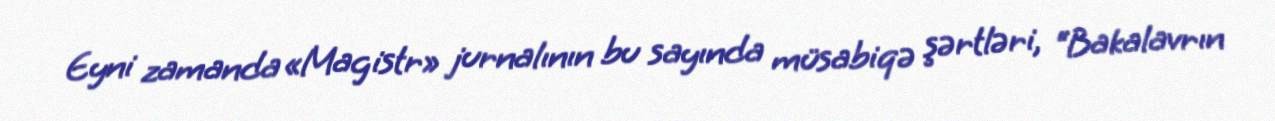
Eyni zamanda «Magistr» jurnalının bu sayında müsabiqə şərtləri, “Bakalavrın